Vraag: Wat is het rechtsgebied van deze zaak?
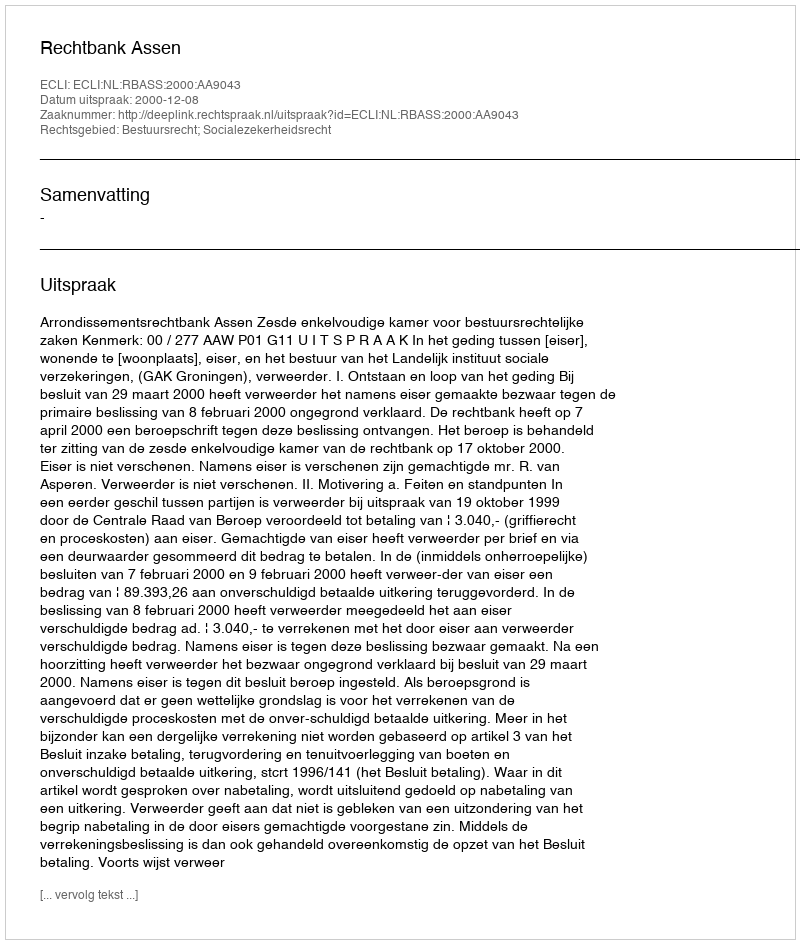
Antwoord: Bestuursrecht; Socialezekerheidsrecht